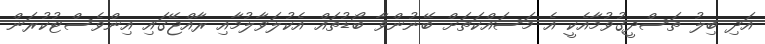
އަދި ބިލު ތަސްދީގުވުމާއެކީ އެ މަސައްކަތަށް ބޭނުންވާ ބޯޑުތައް އެކުލަވާލުމާއި ރާއްޖޭގައި އިންވެސްޓުކުރަން